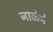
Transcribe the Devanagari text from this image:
नाळेने